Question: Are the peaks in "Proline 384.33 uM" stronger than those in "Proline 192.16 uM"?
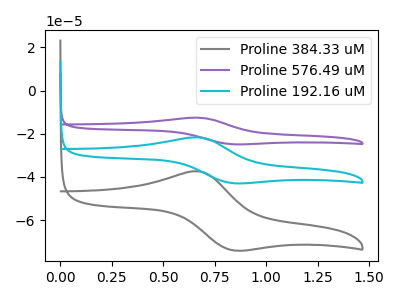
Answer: <think>The gray curve "Proline 384.33 uM" has an anodic peak at (0.65V, -37.40uA) and a cathodic peak at (0.85V, -73.95uA). The purple curve "Proline 576.49 uM" has an anodic peak at (0.65V, -43.40uA) and a cathodic peak at (0.85V, -85.75uA). The cyan curve "Proline 192.16 uM" has an anodic peak at (0.65V, -21.70uA) and a cathodic peak at (0.85V, -42.90uA).</think>
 <answer>The peaks in "Proline 384.33 uM" are neither all higher or all lower than the peaks in "Proline 192.16 uM".</answer>
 <eval>mixed</eval>